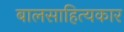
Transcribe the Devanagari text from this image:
बालसाहित्‍यकार